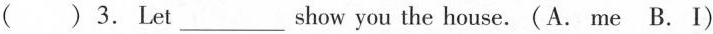
( ) 3.Let___show you the house. (A.me B.I)